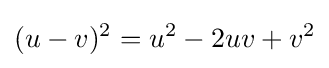
(u-v)^{2}=u^{2}-2uv+v^{2}